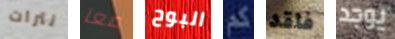
نترات معآ البوح كم فاقد يوجد